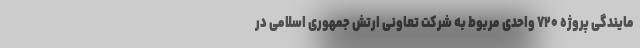
مایندگی پروژه ۷۲۰ واحدی مربوط به شرکت تعاونی ارتش جمهوری اسلامی در